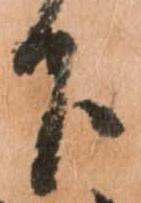
下